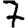
Digit: 7